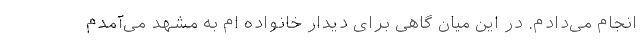
انجام می‌دادم. در این میان گاهی برای دیدار خانواده ام به مشهد می‌آمدم